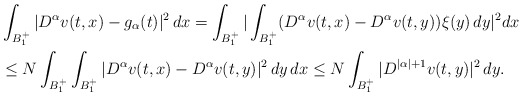
\begin{align*}& \int_{B^+_1}| D^\alpha v(t,x) -g_\alpha(t)|^2 \,dx=\int_{B^+_1}|\int_{B^+_1}( D^\alpha v(t,x)- D^\alpha v(t,y))\xi(y)\,dy|^2dx\\&\le N\int_{B^+_1}\int_{B^+_1}|D^\alpha v(t,x)-D^\alpha v(t,y)|^2\,dy\,dx \le N\int_{B^+_1}|D^{|\alpha|+1} v(t,y)|^2\,dy. \end{align*}